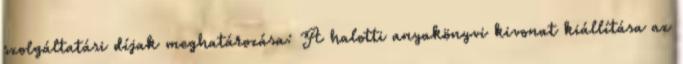
szolgáltatási díjak meghatározása: A halotti anyakönyvi kivonat kiállítása az